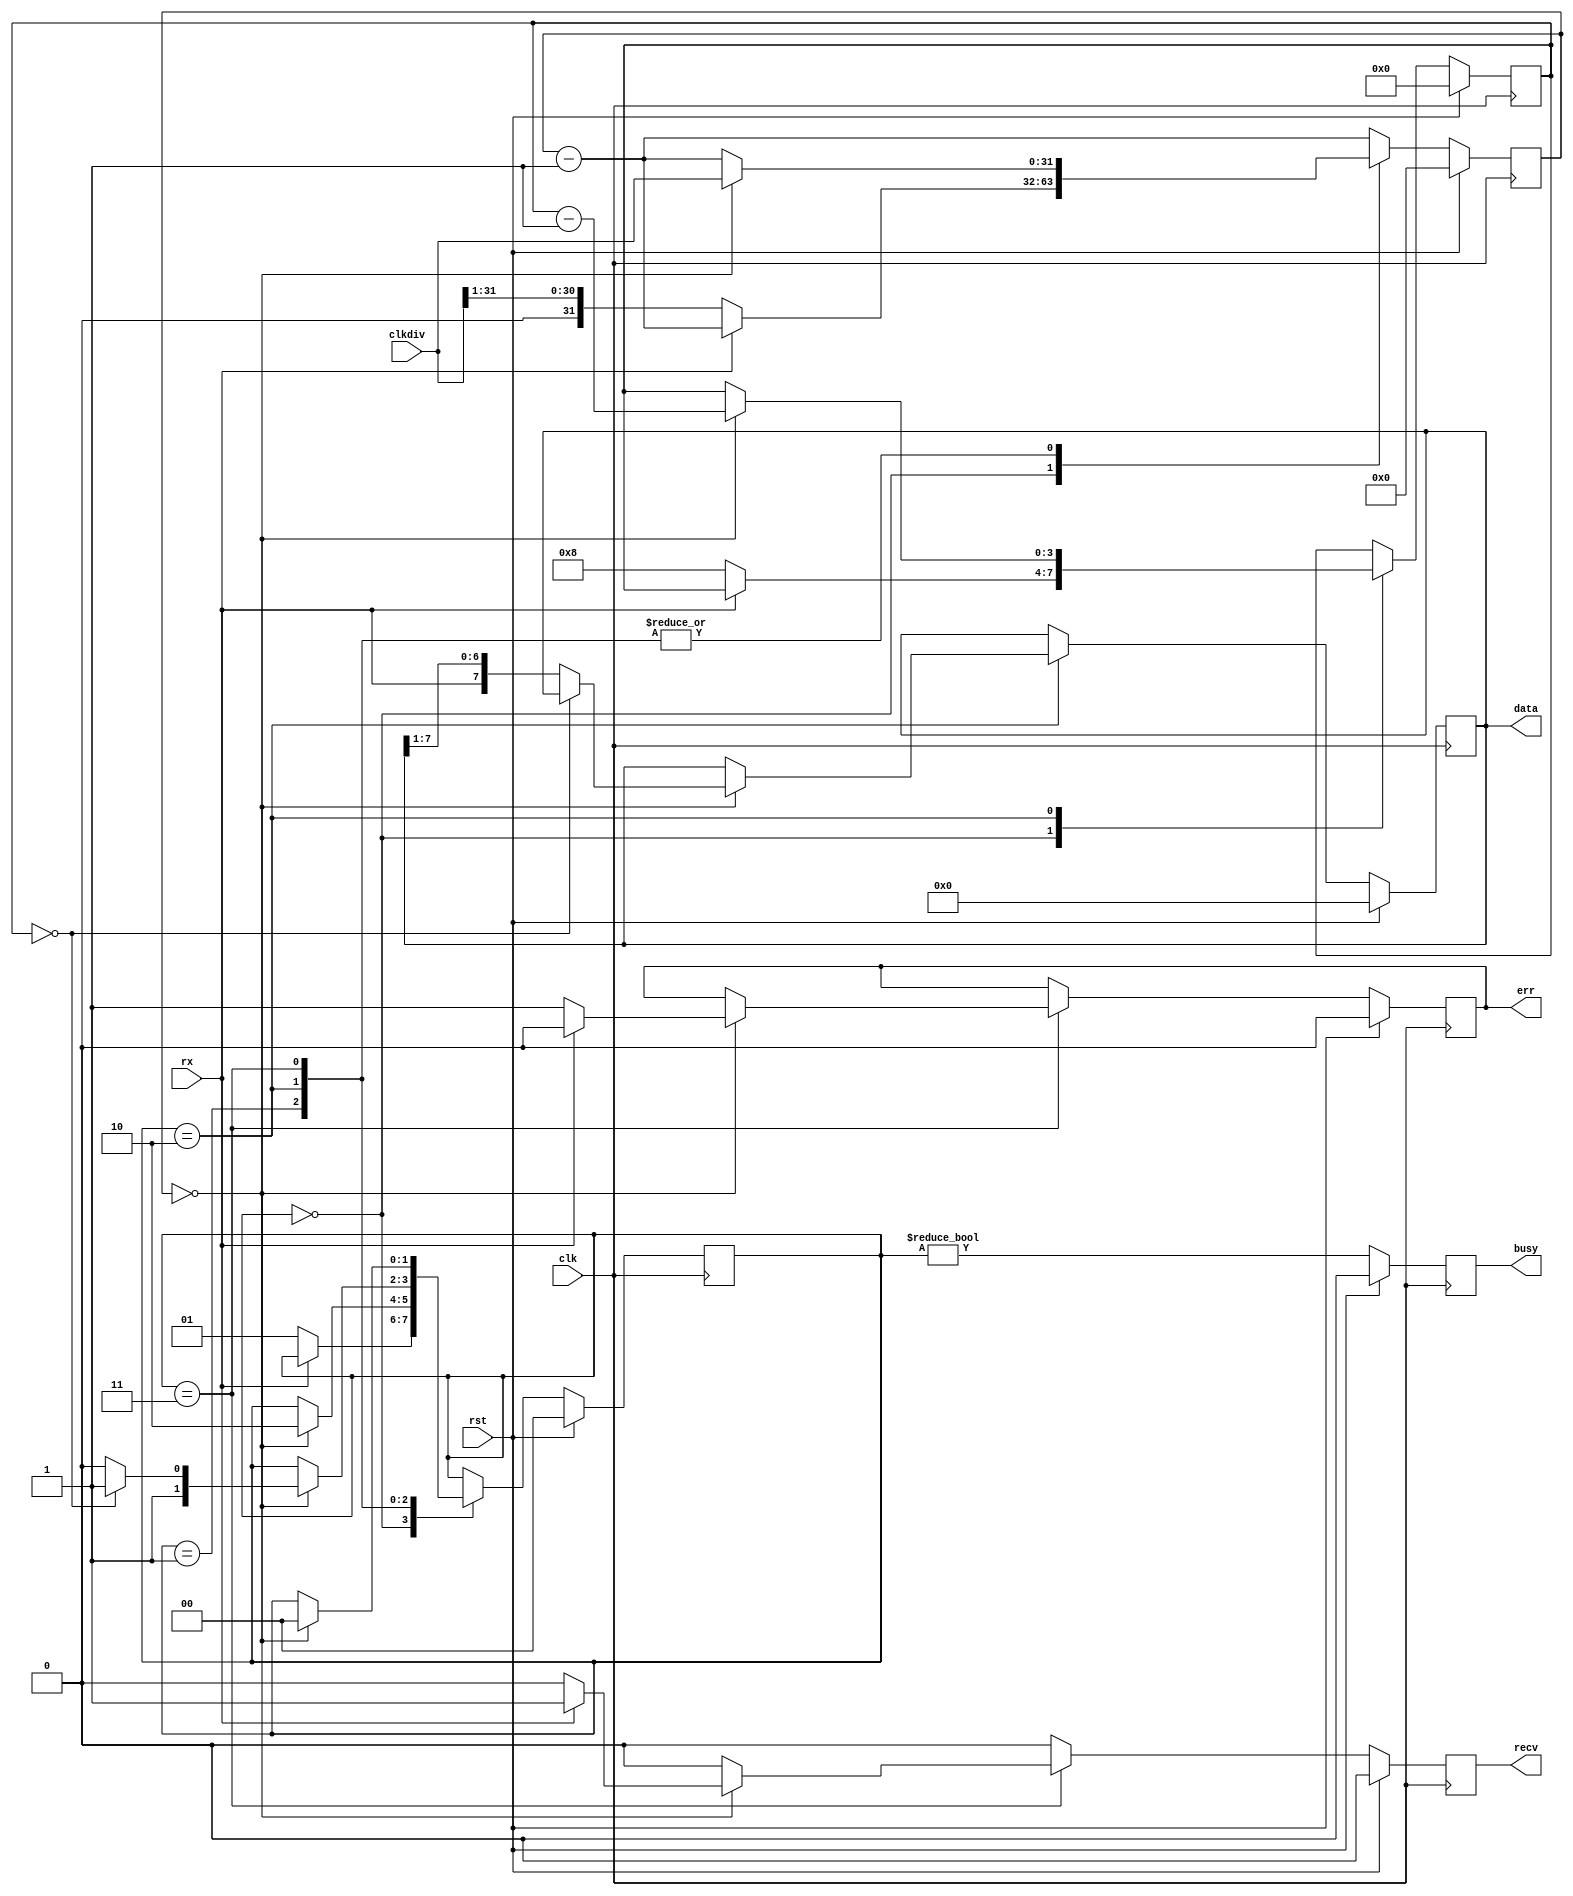
module uart_rx (
    clk, rst,
    clkdiv,
    recv, busy, err,
    data,
    rx
);
    input clk; input rst;
    input [31:0] clkdiv;
    output reg recv; output reg busy; output reg err;
    output reg [7:0] data;
    input rx;
    
    reg [3:0] bitcnt;
    reg [31:0] clkcnt;

    reg [1:0] state;
    localparam IDLE = 0;
    localparam STARTBIT = 1;
    localparam DATABIT = 2;
    localparam STOPBIT = 3;

    wire strobe = clkcnt == 0;

    always @ (posedge clk) if(rst) begin
        recv <= 0; busy <= 0; err <= 0;
        data <= 8'h00;
        bitcnt <= 0;
        clkcnt <= 0;
        state <= IDLE;
    end else begin
        clkcnt <= clkcnt - 1;
        busy <= state != IDLE;
        recv <= 0;
        case(state)
            IDLE: if(rx == 0) begin
                clkcnt <= clkdiv >> 1;
                state <= STARTBIT;
                bitcnt <= 8;
            end
            STARTBIT: if(strobe) begin
                clkcnt <= clkdiv;
                state <= DATABIT;
            end
            DATABIT: if(strobe) begin
                clkcnt <= clkdiv;
                bitcnt <= bitcnt - 1;
                if(bitcnt == 0) begin
                    state <= STOPBIT;
                end else begin
                    data <= {rx, data[7:1]};
                    state <= DATABIT;
                end
            end
            STOPBIT: if(strobe) begin
                clkcnt <= clkdiv;
                if(rx == 1) begin
                    err <= 0; recv <= 1;
                end else begin
                    err <= 1; recv <= 0;
                end
                state <= IDLE;
            end
        endcase
    end
endmodule